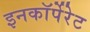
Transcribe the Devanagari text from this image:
इनकाॅर्पेरेट